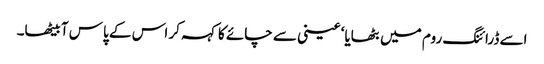
اسے ڈرائنگ روم میں بٹھایا‘ عینی سے چائے کا کہہ کر اس کے پاس آ بیٹھا۔